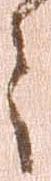
々